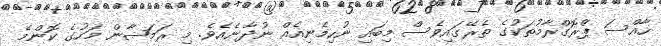
ހާއްސަ ޕްރޮގްރާމުތަކުގެ ތެރޭގައިވެސް މިބައި ނުހިމެނިއެއް ނުދާނެއެވެ. މި ރަމަޟާން މަހުގެ ކޮންމެ